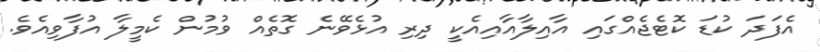
އެފަދަ ކުޑަ ކޮޓެޖެއްގައި އާއިލާއާއިއެކީ ދިރި އުޅެވޭނެ ގޮތެއް ވުމުން ކެމީލާ އުފާވިއެވެ.